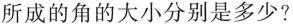
所成的角的大小分别是多少?